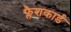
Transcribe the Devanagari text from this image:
फ्लैशकार्ड